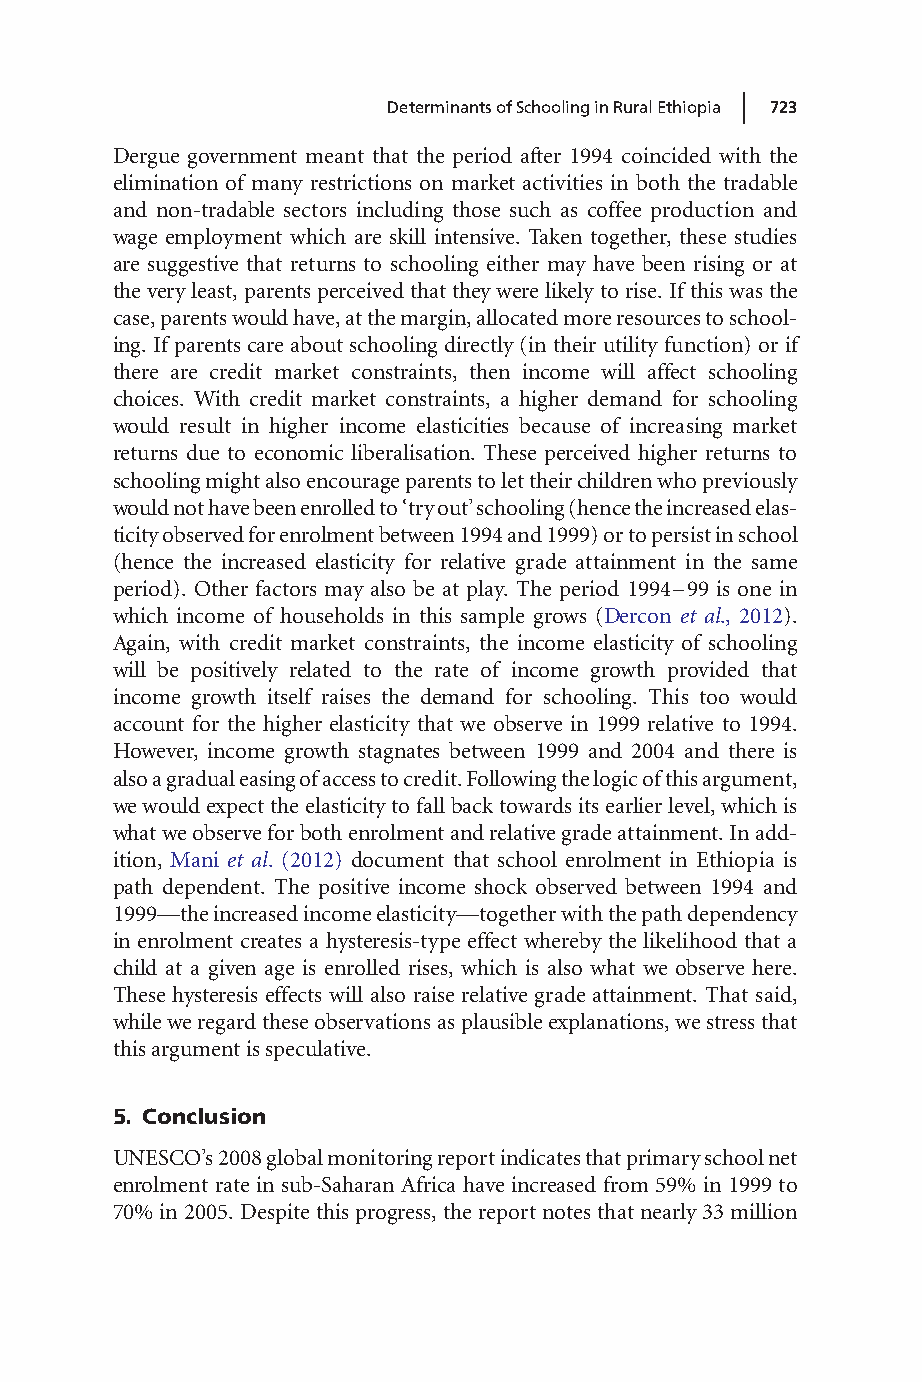
|
 DeterminantsofSchoolinginRuralEthiopia 723
 Dergue government meant that the period after 1994 coincided with the
 elimination of many restrictions on market activities in both the tradable
 and non-tradable sectors including those such as coffee production and
 wage employment which are skill intensive. Taken together, these studies
 are suggestive that returns to schooling either may have been rising or at
 theveryleast,parentsperceivedthattheywerelikely torise.Ifthiswasthe
 case,parentswouldhave,atthemargin,allocatedmoreresourcestoschool-
 ing.Ifparentscareaboutschooling directly(intheirutility function) orif
 there are credit market constraints, then income will affect schooling
 choices. With credit market constraints, a higher demand for schooling
 would result in higher income elasticities because of increasing market
 returns due to economic liberalisation. These perceived higher returns to
 schoolingmightalsoencourageparentstolettheirchildrenwhopreviously
 wouldnothavebeenenrolledto‘tryout’schooling(hencetheincreasedelas-
 ticityobservedforenrolmentbetween1994and1999)ortopersistinschool
 (hence the increased elasticity for relative grade attainment in the same
 period). Other factors may also be at play. The period 1994–99 is one in
 which income of households in this sample grows (Dercon et al., 2012).
 Again, with credit market constraints, the income elasticity of schooling
 will be positively related to the rate of income growth provided that
 income growth itself raises the demand for schooling. This too would
 account for the higher elasticity that we observe in 1999 relative to 1994.
 However, income growth stagnates between 1999 and 2004 and there is
 alsoagradualeasingofaccesstocredit.Followingthelogicofthisargument,
 wewouldexpecttheelasticity tofallbacktowardsitsearlierlevel,whichis
 whatweobserveforbothenrolmentandrelativegradeattainment.Inadd-
 ition, Mani et al. (2012) document that school enrolment in Ethiopia is
 path dependent. The positive income shock observed between 1994 and
 1999—theincreasedincomeelasticity—togetherwiththepathdependency
 in enrolment creates a hysteresis-type effect whereby the likelihood that a
 child at a given age is enrolled rises, which is also what we observe here.
 These hysteresis effects will also raise relative grade attainment. That said,
 whileweregardtheseobservationsasplausibleexplanations,westressthat
 thisargumentisspeculative.
 5. Conclusion
 UNESCO’s2008globalmonitoringreportindicatesthatprimaryschoolnet
 enrolment rate in sub-Saharan Africa have increased from 59% in 1999 to
 70%in2005.Despitethisprogress,thereportnotesthatnearly33million